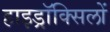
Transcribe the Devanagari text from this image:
हाइड्रॉक्सिलों